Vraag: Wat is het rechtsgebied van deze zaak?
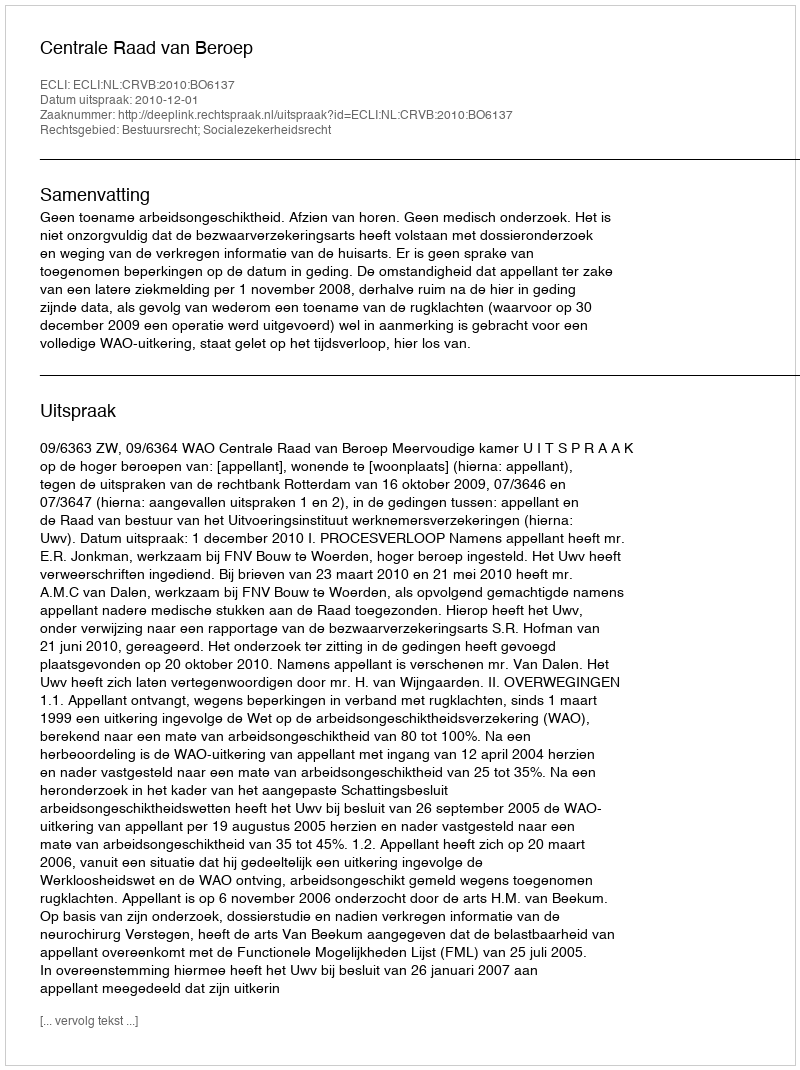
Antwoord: Bestuursrecht; Socialezekerheidsrecht